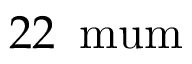
2 2 \, \mathrm { \ m u m }